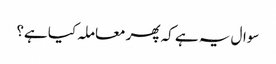
سوال یہ ہے کہ پھر معاملہ کیا ہے؟